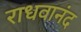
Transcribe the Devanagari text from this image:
राधवानंद